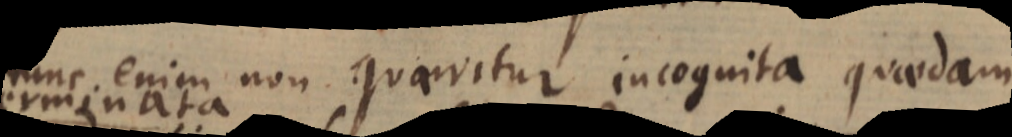
tunc enim non quaeritur incognita quaedam